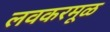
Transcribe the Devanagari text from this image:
लवकरमूळ